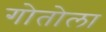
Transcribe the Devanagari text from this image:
गोतोला